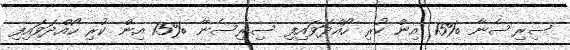
ސިރިސެނާ %15 އިން ކުރި ހޯއްދަވައިފި ސިރިސެނާ %15 އިން ކުރި ހޯއްދަވައިފި